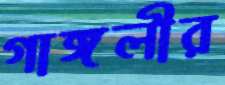
গাঙ্গলীর